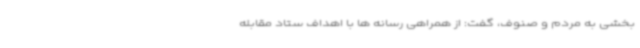
بخشی به مردم و صنوف، گفت: از همراهی رسانه ها با اهداف ستاد مقابله